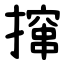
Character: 撺